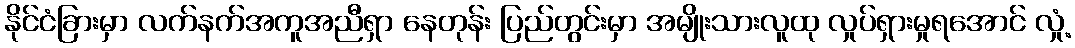
နိုင်ငံခြားမှာ လက်နက်အကူအညီရှာ နေတုန်း ပြည်တွင်းမှာ အမျိုးသားလူထု လှုပ်ရှားမှုရအောင် လှုံ့